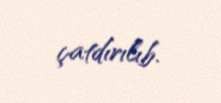
çatdırılıb.